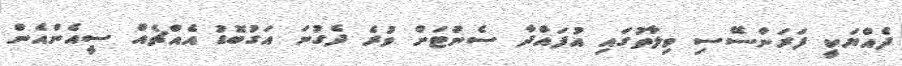
ދެއްޔަކީ ފަރަންސޭސި ވިލާތުގައި އުފައްދާ ސެންޓަށް ވުރެ ދެގުނަ އަގުބޮޑު އެއްޗެއް ސީއެންއެން